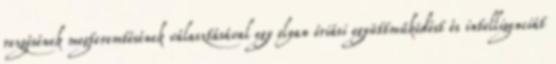
rezgésének megteremtésének választásával egy olyan óriási együttműködést és intelligenciát